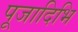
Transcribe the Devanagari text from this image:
पूजादिभि